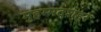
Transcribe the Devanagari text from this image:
मुहम्मदशहर